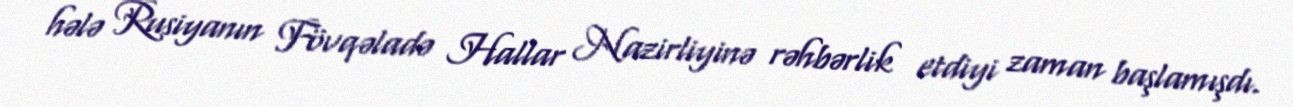
hələ Rusiyanın Fövqəladə Hallar Nazirliyinə rəhbərlik etdiyi zaman başlamışdı.